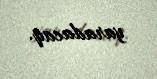
yaradacaq.